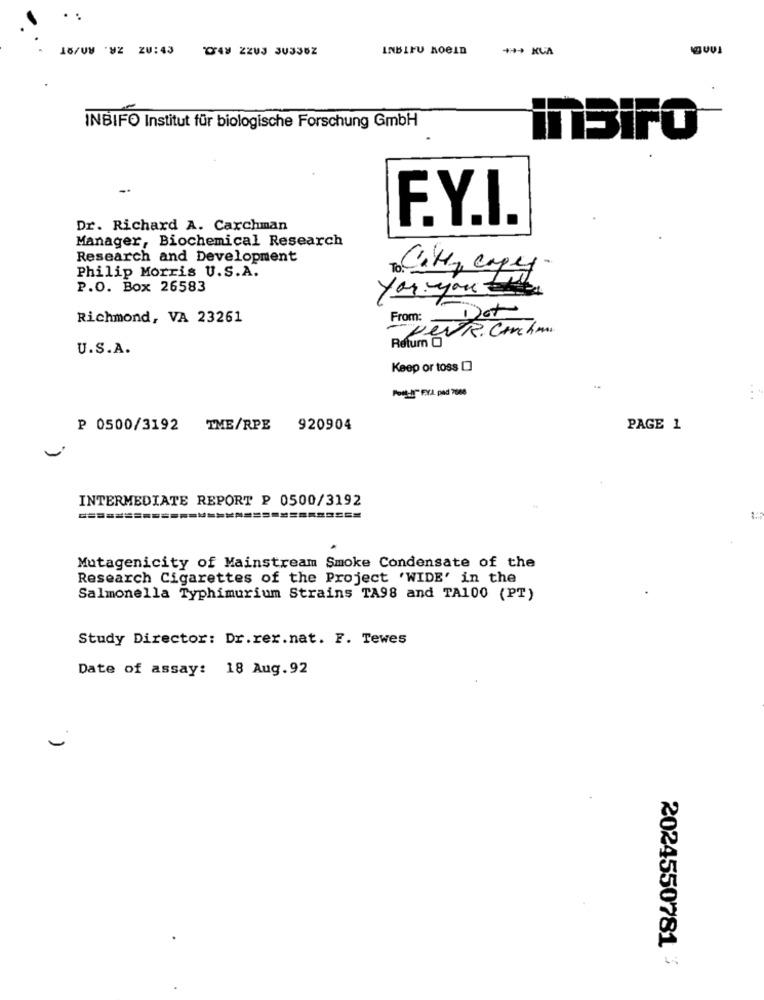
18/UM WZ ZU:43
INBIFU ROBIn
- KLA
INBIFO Institut für biologische Forschung GmbH
inBiFO
F.Y.I.
Dr. Richard A. Carchman
Manager, Biochemical Research
Research and Development
Philip Morris U.S.A.
To Cite capey
P.O. Box 26583
you. you
Richmond, VA 23261
Det
From:
Retum G
U.S.A.
Keep or toss []
PooL FYL pad 7000
₱ 0500/3192 TME/RPE
920904
PAGE 1
INTERMEDIATE REPORT P 0500/3192
==========
Mutagenicity of Mainstream Smoke Condensate of the
Research Cigarettes of the Project 'WIDE' in the
Salmonella Typhimurium Strains TA98 and TA100 (PT)
Study Director: Dr.rer.nat. F. Tewes
Date of assay: 18 Aug. 92
-
2024550781 3